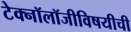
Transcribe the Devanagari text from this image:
टेक्नॉलॉजीविषयीची